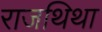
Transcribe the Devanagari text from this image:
राजथिथा